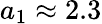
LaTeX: a_{1}\approx 2.3